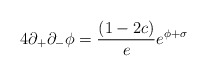
\begin{align*}4\partial_{+}\partial_{-} \phi={(1-2c) \over e} e^{\phi+\sigma}\end{align*}